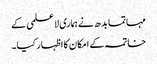
مہاتما بدھ نے ہماری لاعلمی کے
خاتمہ کے امکان کا اظہار کیا۔